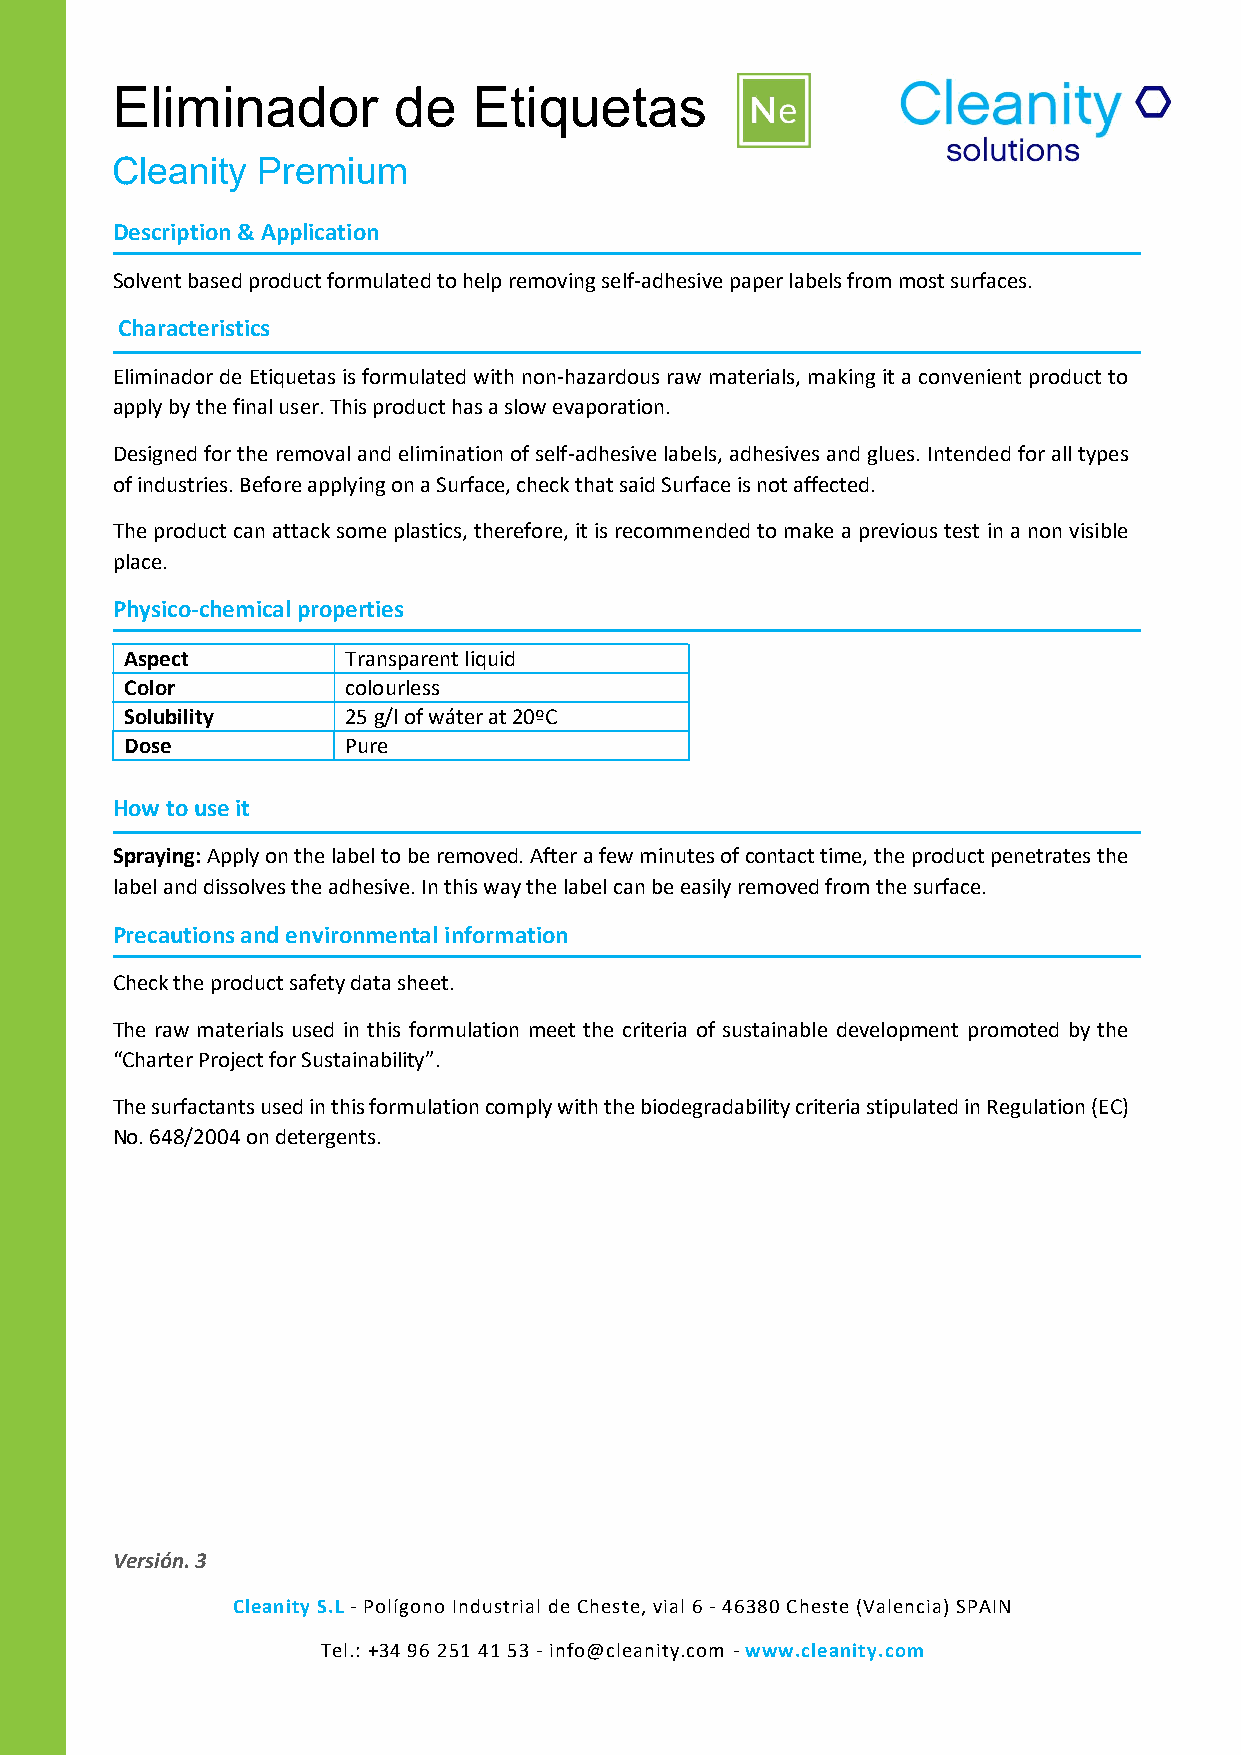
Eliminador         de   Etiquetas
 Cleanity  Premium
 Description & Application
 Solvent based product formulated to help removing self-adhesive paper labels from most surfaces.
 Characteristics
 Eliminador de Etiquetas is formulated with non-hazardous raw materials, making it a convenient product to
 apply by the final user. This product has a slow evaporation.
 Designed for the removal and elimination of self-adhesive labels, adhesives and glues. Intended for all types
 of industries. Before applying on a Surface, check that said Surface is not affected.
 The product can attack some plastics, therefore, it is recommended to make a previous test in a non visible
 place.
 Physico-chemical properties
 Aspect         Transparent liquid
 Color          colourless
 Solubility     25 g/l of wáter at 20ºC
 Dose           Pure
 How to use it
 Spraying: Apply on the label to be removed. After a few minutes of contact time, the product penetrates the
 label and dissolves the adhesive. In this way the label can be easily removed from the surface.
 Precautions and environmental information
 Check the product safety data sheet.
 The raw materials used in this formulation meet the criteria of sustainable development promoted by the
 “Charter Project for Sustainability”.
 The surfactants used in this formulation comply with the biodegradability criteria stipulated in Regulation (EC)
 No. 648/2004 on detergents.
 Versión. 3
 Cleanity S.L - Polígono Industrial de Cheste, vial 6 - 46380 Cheste (Valencia) SPAIN
 Tel.: +34 96 251 41 53 - info@cleanity.com - www.cleanity.com